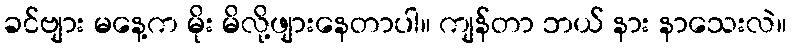
ခင်ဗျား မနေ့က မိုး မိလို့ဖျားနေတာပါ။ ကျန်တာ ဘယ် နား နာသေးလဲ။